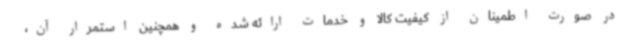
در صورت اطمینان از کیفیت کالا و خدمات ارائه شده و همچنین استمرار آن،